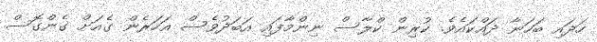
ހަދައި ބަހަނާ ދައްކައެވެ. ކުރިން ކްލާސް ނިންމާފައި އަބަދުވެސް އަހަރެން ގެއަށް ގެންގޮސް